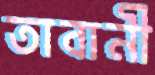
তাবানী